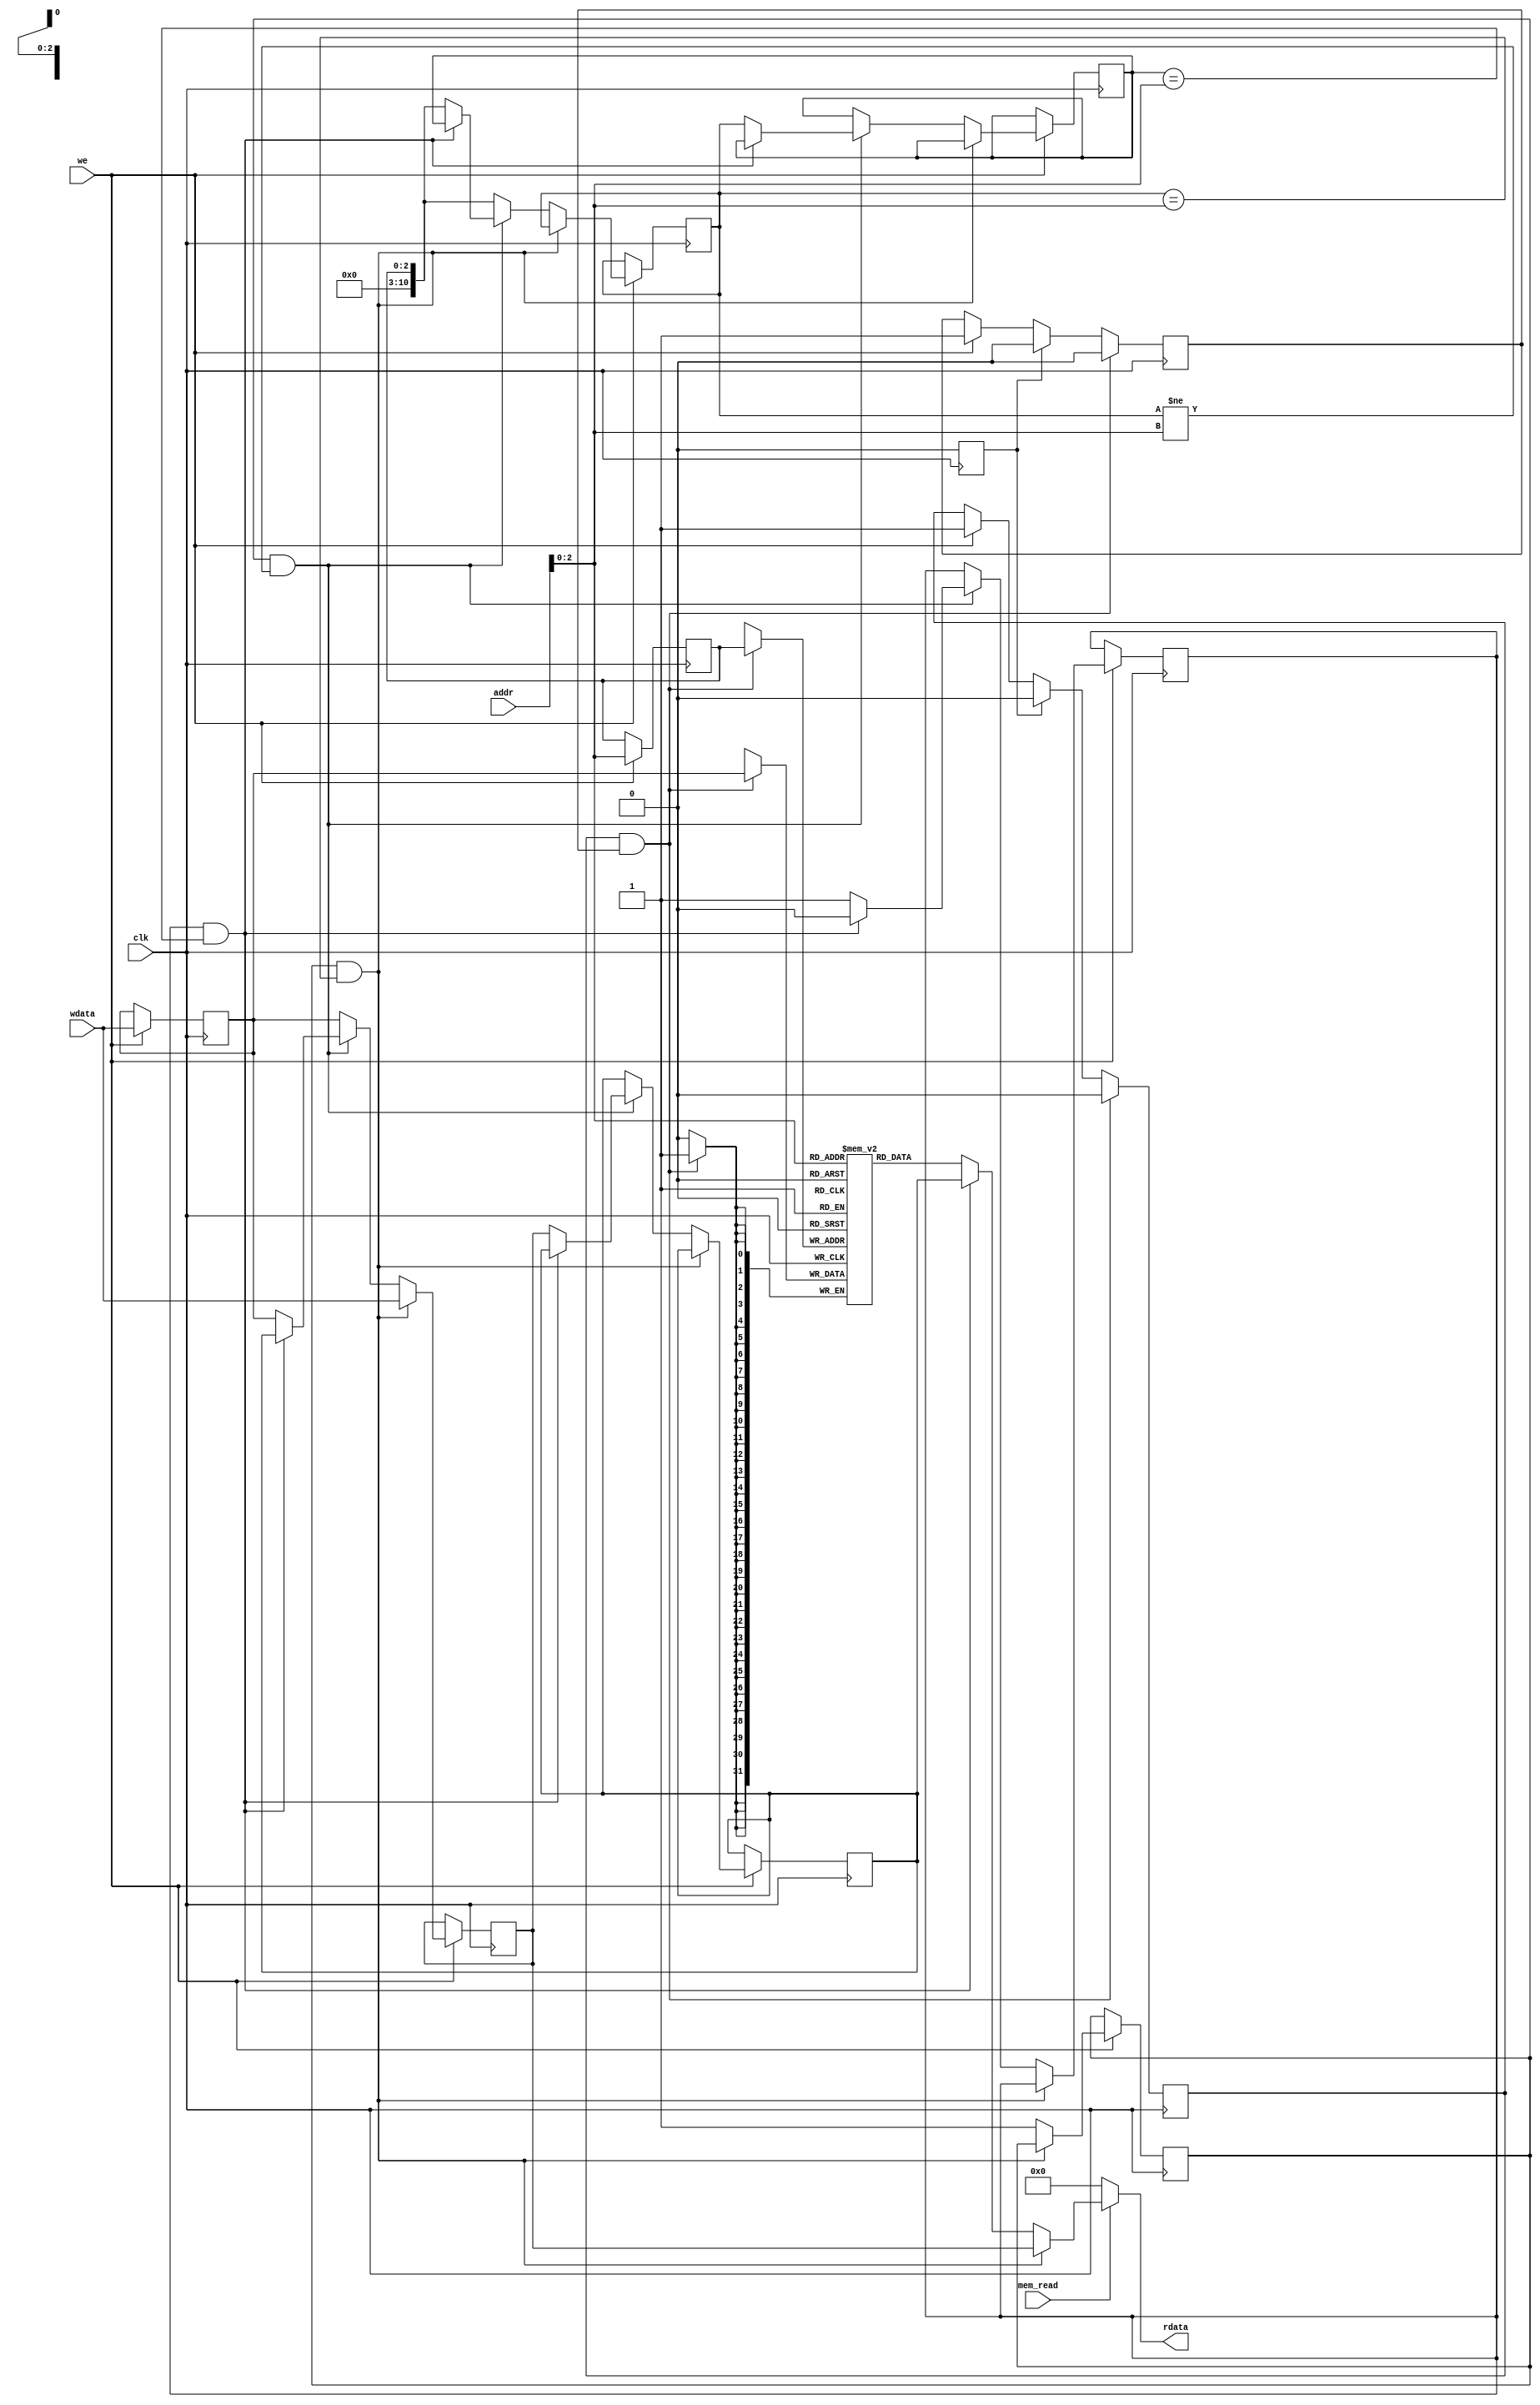
module data_memory_with_cache_and_victim_cache(
  input clk,
  input [31:0] addr,
  input [31:0] wdata,
  input we,
  input mem_read,
  output [31:0] rdata
);
  reg [31:0] mem [7:0];
  reg [31:0] cache_data;
  reg [10:0] cache_addr;
  reg cache_valid;
  reg [31:0] victim_data;
  reg [10:0] victim_addr;
  reg victim_valid;
  reg [31:0] write_buffer_data;
  reg [2:0] write_buffer_addr;
  reg write_buffer_valid;
  reg write_buffer_we;
  reg flush;

  always@(posedge clk) begin
    // Write to write buffer
    if (we) begin
      write_buffer_data <= wdata;
      write_buffer_addr <= addr[2:0];
      write_buffer_valid <= 1'b1;
      write_buffer_we <= 1'b1;

      // Check if cache hit
      if (cache_valid && cache_addr == addr[2:0]) begin
        cache_data <= wdata;
      end

      // Check if cache miss
      else if (cache_valid && cache_addr != addr[2:0]) begin
        // Check if victim cache hit
        if (victim_valid && victim_addr == addr[2:0]) begin
          cache_data <= victim_data;
          cache_addr <= victim_addr;
          victim_valid <= 1'b0;
        end

        // Victim cache miss
        else begin
          victim_data <= cache_data;
          victim_addr <= cache_addr;
          victim_valid <= 1'b1;
          cache_data <= write_buffer_data;
          cache_addr <= write_buffer_addr;
        end
        cache_valid <= 1'b1;
      end

      // First write
      else begin
        cache_data <= write_buffer_data;
        cache_addr <= write_buffer_addr;
        cache_valid <= 1'b1;
      end
    end

    // Flush write buffer
    if (flush) begin
      write_buffer_valid <= 1'b0;
      write_buffer_we <= 1'b0;
      flush <= 1'b0;
    end

    // Write to main memory
    if (write_buffer_valid && write_buffer_we) begin
      mem[write_buffer_addr] <= write_buffer_data;
      write_buffer_valid <= 1'b0;
      write_buffer_we <= 1'b0;
    end
  end

  assign rdata = (mem_read == 1'b1) ?
  (cache_valid && cache_addr == addr[2:0]) ? cache_data :
  (victim_valid && victim_addr == addr[2:0]) ? victim_data :
  mem[addr[2:0]] : 32'b0;

endmodule